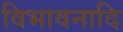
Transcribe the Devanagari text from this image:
विभावनादि